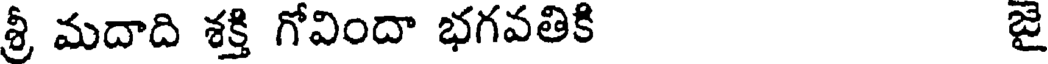
శ్రీ మదాది శక్తి గోవిందా భగవతికి జై